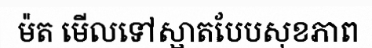
ម៉ត មើលទៅស្អាតបែបសុខភាព